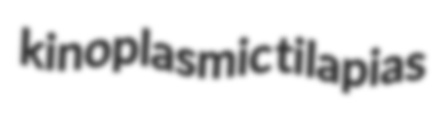
kinoplasmic tilapias